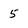
Character: 5